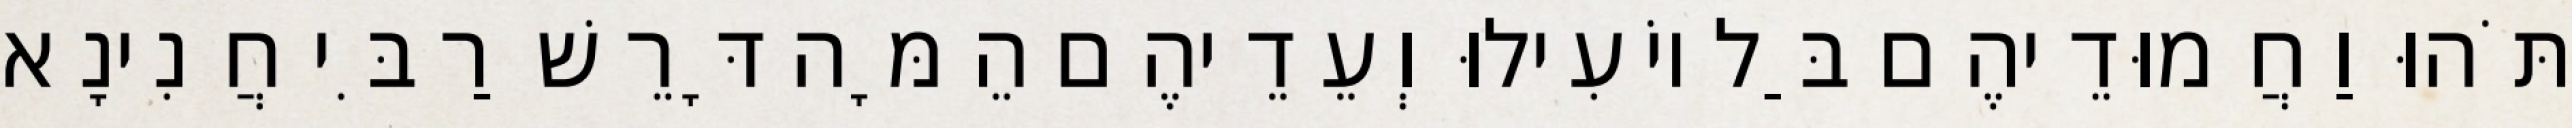
תֹּהוּ וַחֲמוּדֵיהֶם בַּל יוֹעִילוּ וְעֵדֵיהֶם הֵמָּה דָּרֵשׁ רַבִּי חֲנִינָא